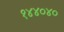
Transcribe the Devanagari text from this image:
१४४०४०